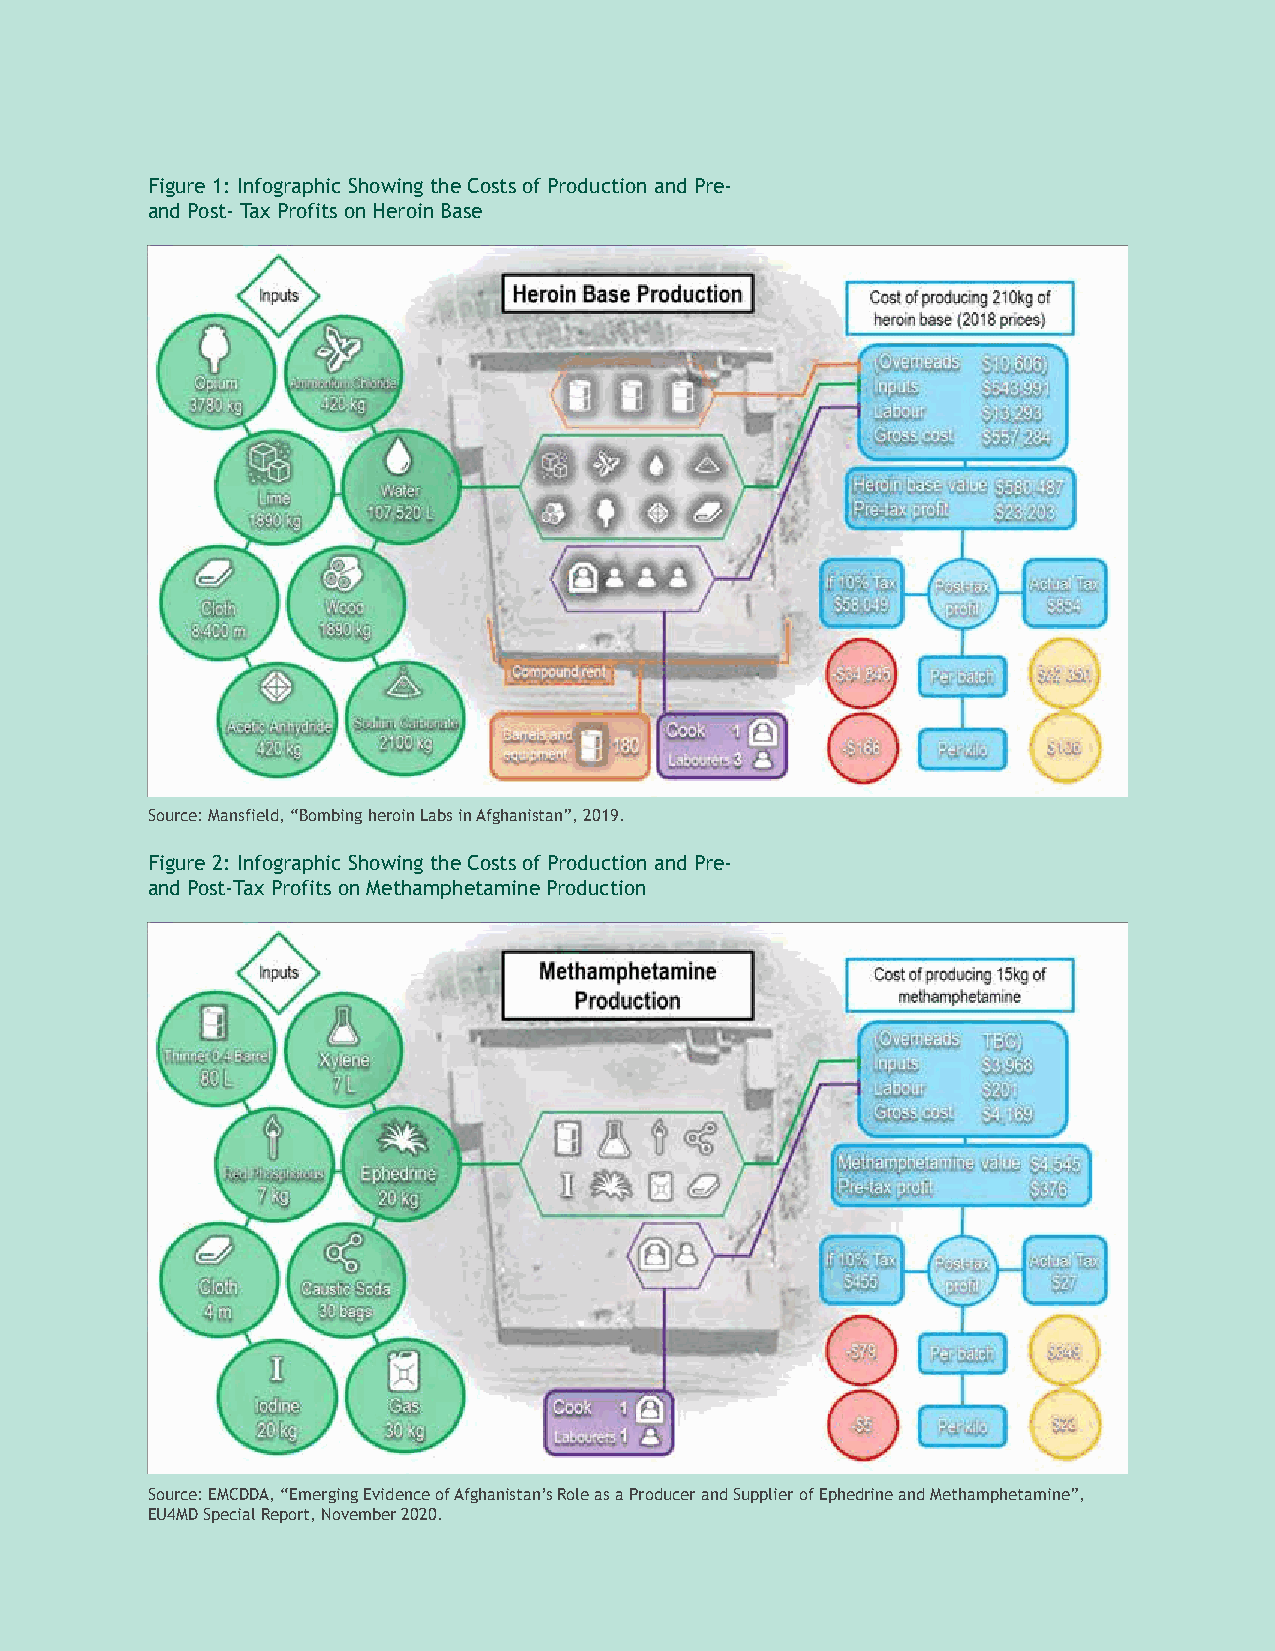
Figure 1: Infographic Showing the Costs of Production and Pre-
 and Post- Tax Profits on Heroin Base
 Source: Mansfield, “Bombing heroin Labs in Afghanistan”, 2019.
 Figure 2: Infographic Showing the Costs of Production and Pre-
 and Post-Tax Profits on Methamphetamine Production
 Source: EMCDDA, “Emerging Evidence of Afghanistan’s Role as a Producer and Supplier of Ephedrine and Methamphetamine”,
 EU4MD Special Report, November 2020.
 17